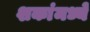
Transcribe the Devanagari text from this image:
शकांमध्ये